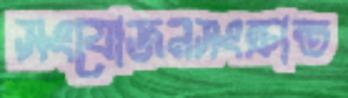
সংযোজনসংক্রান্ত